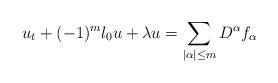
LaTeX: \begin{align*}u_t+(-1)^m \l_0 u+\lambda u=\sum_{|\alpha|\le m}D^\alpha f_\alpha \end{align*}